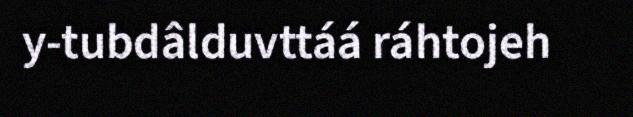
y-tubdâlduvttáá ráhtojeh